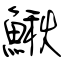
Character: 鰍